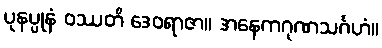
ပုနပ္ပုနံ ဝဿတိ ဒေဝရာဇာ။ အနေကဂုဏသင်္ဂဟံ။